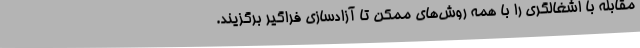
مقابله با اشغالگری را با همه روش‌های ممکن تا آزادسازی فراگیر برگزیند.